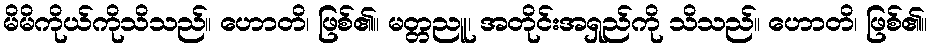
မိမိကိုယ်ကိုသိသည်။ ဟောတိ၊ ဖြစ်၏။ မတ္တညူ၊ အတိုင်းအရှည်ကို သိသည်။ ဟောတိ၊ ဖြစ်၏။